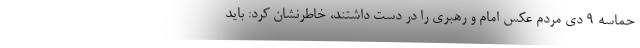
حماسه 9 دی مردم عکس امام و رهبری را در دست داشتند، خاطرنشان کرد: باید